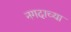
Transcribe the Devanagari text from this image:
नगदाच्या